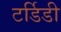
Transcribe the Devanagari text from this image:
टर्डिडी